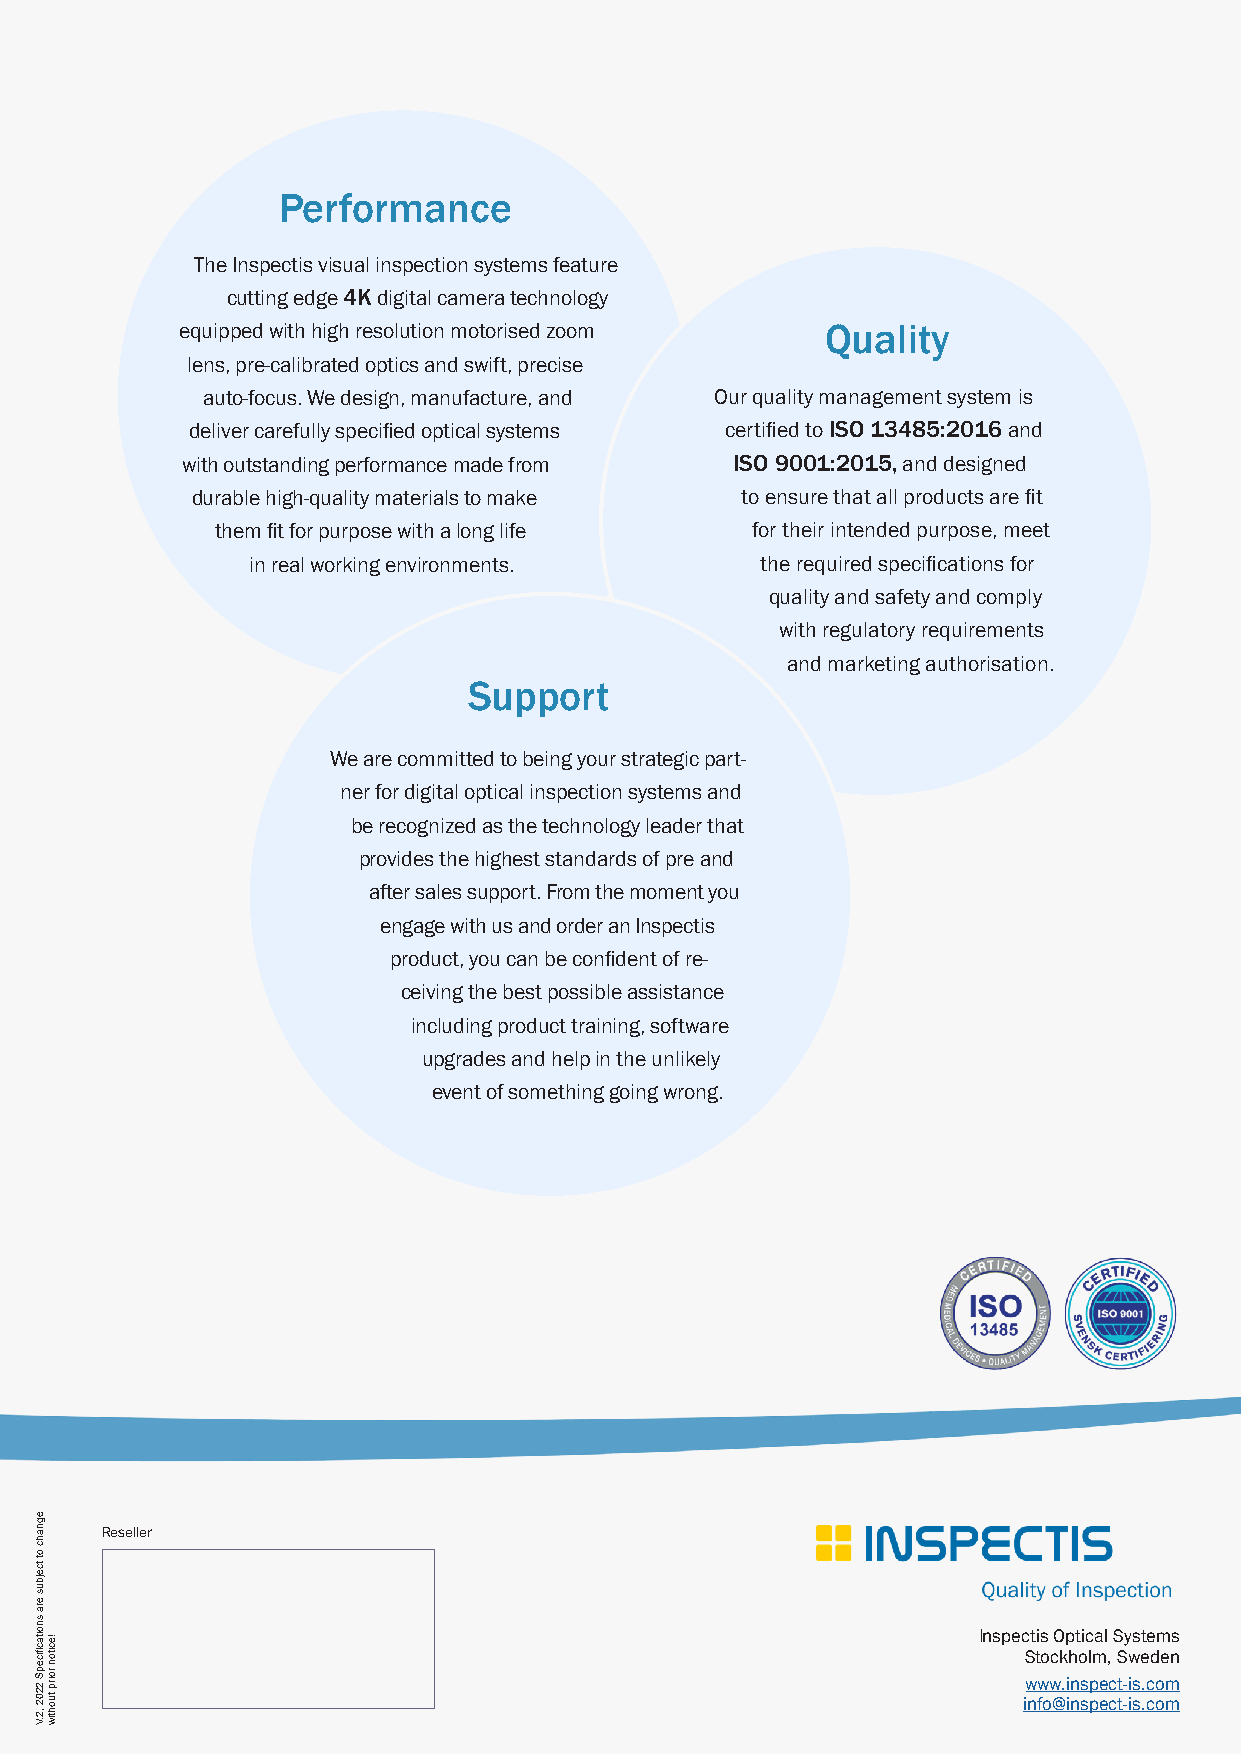
Performance
 The Inspectis visual inspection systems feature
 cutting edge 4K digital camera technology
 equipped with high resolution motorised zoom Quality
 lens, pre-calibrated optics and swift, precise
 auto-focus. We design, manufacture, and Our quality management system is
 deliver carefully specified optical systems certified to ISO 13485:2016 and
 with outstanding performance made from ISO 9001:2015, and designed
 durable high-quality materials to make to ensure that all products are fit
 them fit for purpose with a long life for their intended purpose, meet
 in real working environments.     the required specifications for
 quality and safety and comply
 with regulatory requirements
 and marketing authorisation.
 Support
 We are committed to being your strategic part-
 ner for digital optical inspection systems and
 be recognized as the technology leader that
 provides the highest standards of pre and
 after sales support. From the moment you
 engage with us and order an Inspectis
 product, you can be confident of re-
 ceiving the best possible assistance
 including product training, software
 upgrades and help in the unlikely
 event of something going wrong.
 Reseller
 Inspectis Optical Systems
 Stockholm, Sweden
 www.inspect-is.com
 info@inspect-is.com
 egnahc
 ot
 tcejbus
 era
 snoitacfiicepS
 2202
 ,2.V
 !eciton
 roirp
 tuohtiw